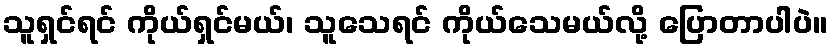
သူရှင်ရင် ကိုယ်ရှင်မယ်၊ သူသေရင် ကိုယ်သေမယ်လို့ ပြောတာပါပဲ။